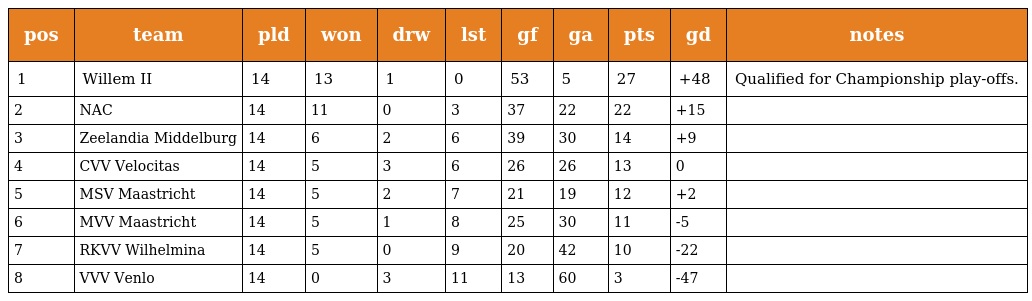
| pos | team | pld | won | drw | lst | gf | ga | pts | gd | notes |
 | --- | --- | --- | --- | --- | --- | --- | --- | --- | --- | --- |
 | 1 | Willem II | 14 | 13 | 1 | 0 | 53 | 5 | 27 | +48 | Qualified for Championship play-offs. |
 | 2 | NAC | 14 | 11 | 0 | 3 | 37 | 22 | 22 | +15 |  |
 | 3 | Zeelandia Middelburg | 14 | 6 | 2 | 6 | 39 | 30 | 14 | +9 |  |
 | 4 | CVV Velocitas | 14 | 5 | 3 | 6 | 26 | 26 | 13 | 0 |  |
 | 5 | MSV Maastricht | 14 | 5 | 2 | 7 | 21 | 19 | 12 | +2 |  |
 | 6 | MVV Maastricht | 14 | 5 | 1 | 8 | 25 | 30 | 11 | -5 |  |
 | 7 | RKVV Wilhelmina | 14 | 5 | 0 | 9 | 20 | 42 | 10 | -22 |  |
 | 8 | VVV Venlo | 14 | 0 | 3 | 11 | 13 | 60 | 3 | -47 |  |